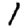
Digit: 1